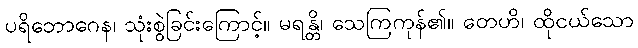
ပရိဘောဂေန၊ သုံးစွဲခြင်းကြောင့်။ မရန္တိ၊ သေကြကုန်၏။ တေဟိ၊ ထိုငယ်သော